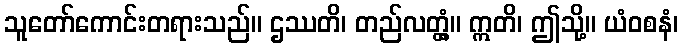
သူတော်ကောင်းတရားသည်။ ဌဿတိ၊ တည်လတ္တံ့။ ဣတိ၊ ဤသို့။ ယံဝစနံ၊